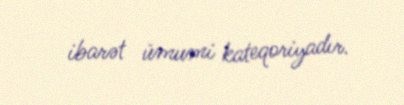
ibarət ümumi kateqoriyadır.